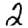
Digit: 2